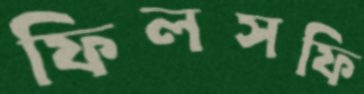
ফিলসফি